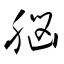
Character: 脳